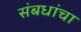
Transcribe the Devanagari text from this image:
संबधांचा